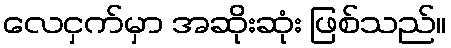
လေငှက်မှာ အဆိုးဆုံး ဖြစ်သည်။